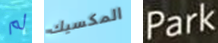
لم المكسيك Park